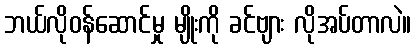
ဘယ်လိုဝန်ဆောင်မှု မျိုးကို ခင်ဗျား လိုအပ်တာလဲ။